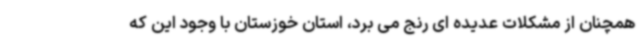
همچنان از مشکلات عدیده ای رنج می برد، استان خوزستان با وجود این که